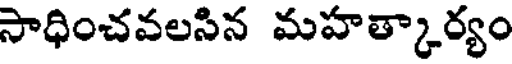
సాధించవలసిన మహత్కార్యం